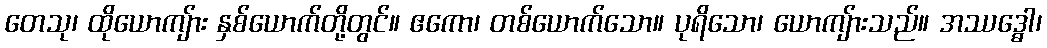
တေသု၊ ထိုယောကျ်ား နှစ်ယောက်တို့တွင်။ ဧကော၊ တစ်ယောက်သော။ ပုရိသော၊ ယောကျ်ားသည်။ အဿဒ္ဓေါ၊